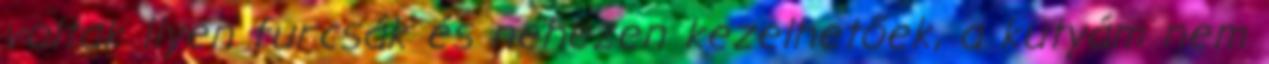
voltak ilyen furcsák és nehezen kezelhetőek, a kutyám nem